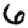
Digit: 6